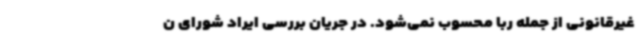
غیرقانونی از جمله ربا محسوب نمی‌شود. در جریان بررسی ایراد شورای ن